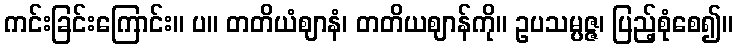
ကင်းခြင်းကြောင်း။ ပ။ တတိယံဈာနံ၊ တတိယဈာန်ကို။ ဥပသမ္ပဇ္ဇ၊ ပြည့်စုံစေ၍။